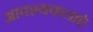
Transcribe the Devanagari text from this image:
आवश्यकताऐ